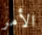
الأمر